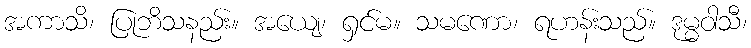
အကာသိ၊ ပြုဘိသနည်း။ အယျေ၊ ရှင်မ။ သမဏော၊ ရဟန်းသည်။ ဒုမ္မဝါသီ၊